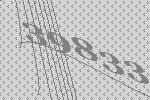
39833